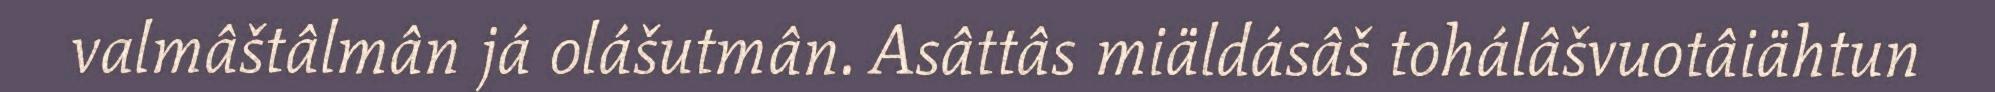
valmâštâlmân já olášutmân. Asâttâs miäldásâš tohálâšvuotâiähtun